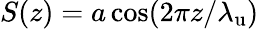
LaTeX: S(z)=a\cos(2\pi z/{\lambda_{\mathrm{u}}})